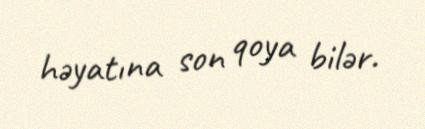
həyatına son qoya bilər.